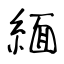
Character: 緬